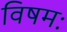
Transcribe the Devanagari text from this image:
विषमः